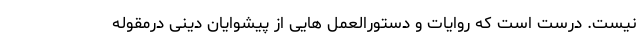
نیست. درست است که روایات و دستورالعمل هایی از پیشوایان دینی درمقوله